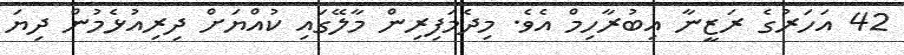
42 އަހަރުގެ ރަޒީނާ އިބުރާހިމް އެވެ. މިދެމަފިރިން މާލޭގައި ކުއްޔަށް ދިރިއުޅެމުން ދިޔަ